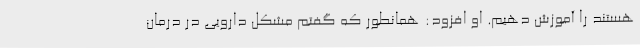
هستند را آموزش دهیم. او افزود: همانطور که گفتم مشکل دارویی در درمان